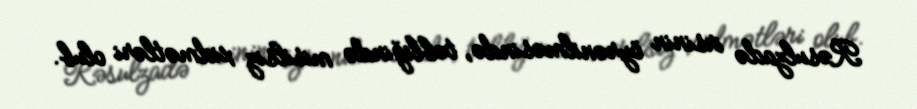
Rəsulzadə irsinin öyrənilməsində, təbliğində misilsiz xidmətləri olub.